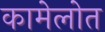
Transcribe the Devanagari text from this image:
कामेलोत